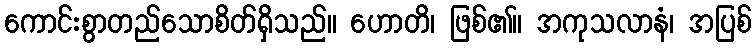
ကောင်းစွာတည်သောစိတ်ရှိသည်။ ဟောတိ၊ ဖြစ်၏။ အကုသလာနံ၊ အပြစ်